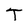
Character: T